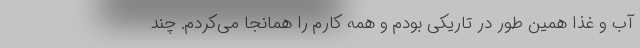
آب و غذا همین طور در تاریکی بودم و همه کارم را همانجا می‌کردم. چند